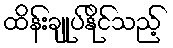
ထိန်းချုပ်နိုင်သည့်